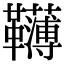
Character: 𩍿